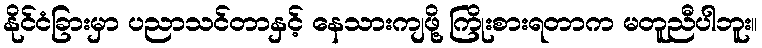
နိုင်ငံခြားမှာ ပညာသင်တာနှင့် နေသားကျဖို့ ကြိုးစားရတာက မတူညီပါဘူး။